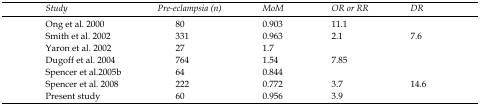
<table><thead><tr><td><b><i>Study</i></b></td><td><b><i>Pre-eclampsia (n)</i></b></td><td><b><i>MoM</i></b></td><td><b><i>OR or RR</i></b></td><td><b><i>DR</i></b></td></tr></thead><tbody><tr><td>Ong et al. 2000</td><td>80</td><td>0.903</td><td>11.1</td><td>[EMPTY_CELL]</td></tr><tr><td>Smith et al. 2002</td><td>331</td><td>0.963</td><td>2.1</td><td>7.6</td></tr><tr><td>Yaron et al. 2002</td><td>27</td><td>1.7</td><td>[EMPTY_CELL]</td><td>[EMPTY_CELL]</td></tr><tr><td>Dugoff et al. 2004</td><td>764</td><td>1.54</td><td>7.85</td><td>[EMPTY_CELL]</td></tr><tr><td>Spencer et al.2005b</td><td>64</td><td>0.844</td><td>[EMPTY_CELL]</td><td>[EMPTY_CELL]</td></tr><tr><td>Spencer et al. 2008</td><td>222</td><td>0.772</td><td>3.7</td><td>14.6</td></tr><tr><td>Present study</td><td>60</td><td>0.956</td><td>3.9</td><td>[EMPTY_CELL]</td></tr></tbody></table>